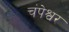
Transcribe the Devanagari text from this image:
चंपेश्वर